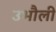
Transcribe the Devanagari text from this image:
उभौली